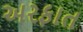
અરફાત